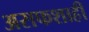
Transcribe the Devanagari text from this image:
असफशाही